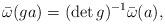
LaTeX: \begin{align*}\bar{\omega}(ga)=(\det g)^{-1}\bar{\omega}(a),\end{align*}